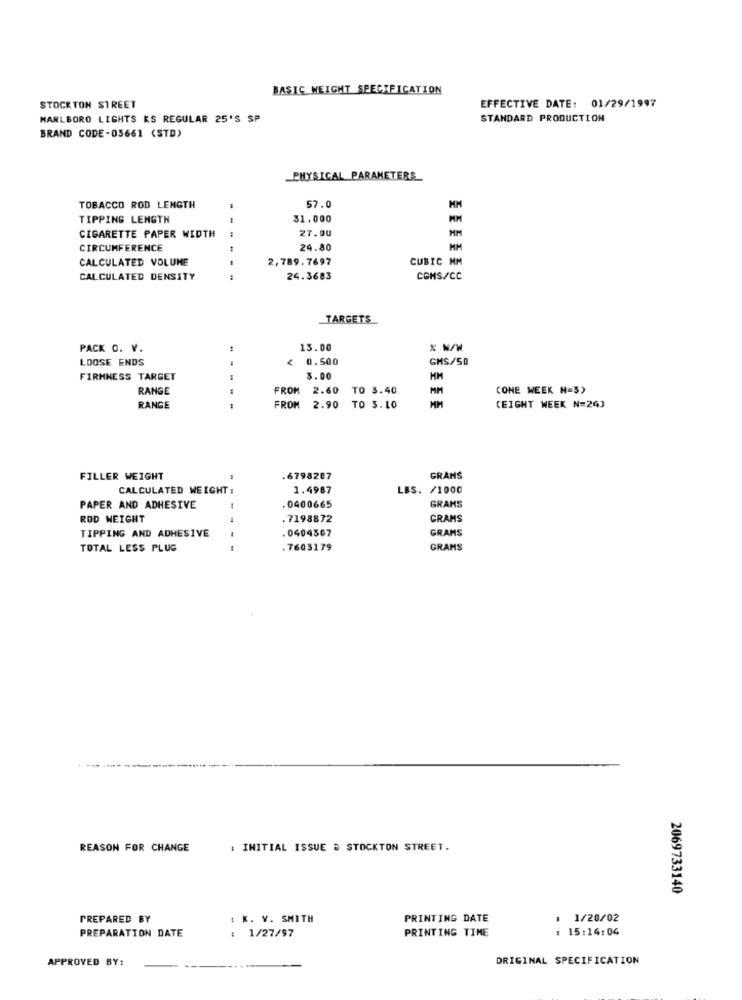
BASIC WEIGHT SPECIFICATION
STOCK TON STREET
EFFECTIVE DATE: 01/29/1997
MARLBORO LIGHTS KS REGULAR 25'S SP
STANDARD PRODUCTION
BRAND CODE-03661 (STD)
PHYSICAL PARAMETERS
MM
TOBACCO ROD LENGTH
57.0
TIPPING LENGTH
--
31.000
MM
27.00
CIGARETTE PAPER WIDTH
MM
CIRCUMFERENCE
24.80
MM
CALCULATED VOLUME
2,789.7697
CUBIC MM
CALCULATED DENSITY
--
24.3683
CGMS/CC
TARGETS
PACK O. V.
13.00
* w/W
LOOSE ENDS
0.500
GMS/50
FIRMNESS TARGET
3.00
HM
RANGE
FROM 2.60 TO 3.40
MM
CONE WEEK N=5)
RANGE
---
FROM 2.90 TO 3.10
(EIGHT WEEK N=24)
FILLER WEIGHT
.6798287
GRAMS
CALCULATED WEIGHT :
1.4987
LBS. /1000
PAPER AND ADHESIVE
.0400665
GRAMS
ROD WEIGHT
1
. 7198872
GRAMS
TIPPING AND ADHESIVE
.0404567
GRAMS
TOTAL LESS PLUG
--
. 7603179
GRAMS
REASON FOR CHANGE
: INITIAL ISSUE # STOCKTON STREET.
2069733140
PREPARED BY
: K. V. SMITH
PRINTING DATE
: 1/20/02
PREPARATION DATE
PRINTING TIME
: 15:14:04
: 1/27/97
APPROVED BY:
ORIGINAL SPECIFICATION